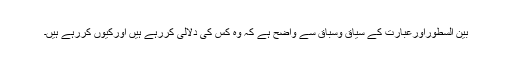
بین السطوراورعبارت کے سیاق وسباق سے واضح ہے کہ وہ کس کی دلالی کررہے ہیں اورکیوں کررہے ہیں۔